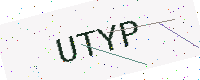
Text: UTYP